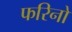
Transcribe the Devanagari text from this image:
फरिनो